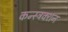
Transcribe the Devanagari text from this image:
कन्स्ट्रक्‍शन